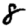
Digit: 8